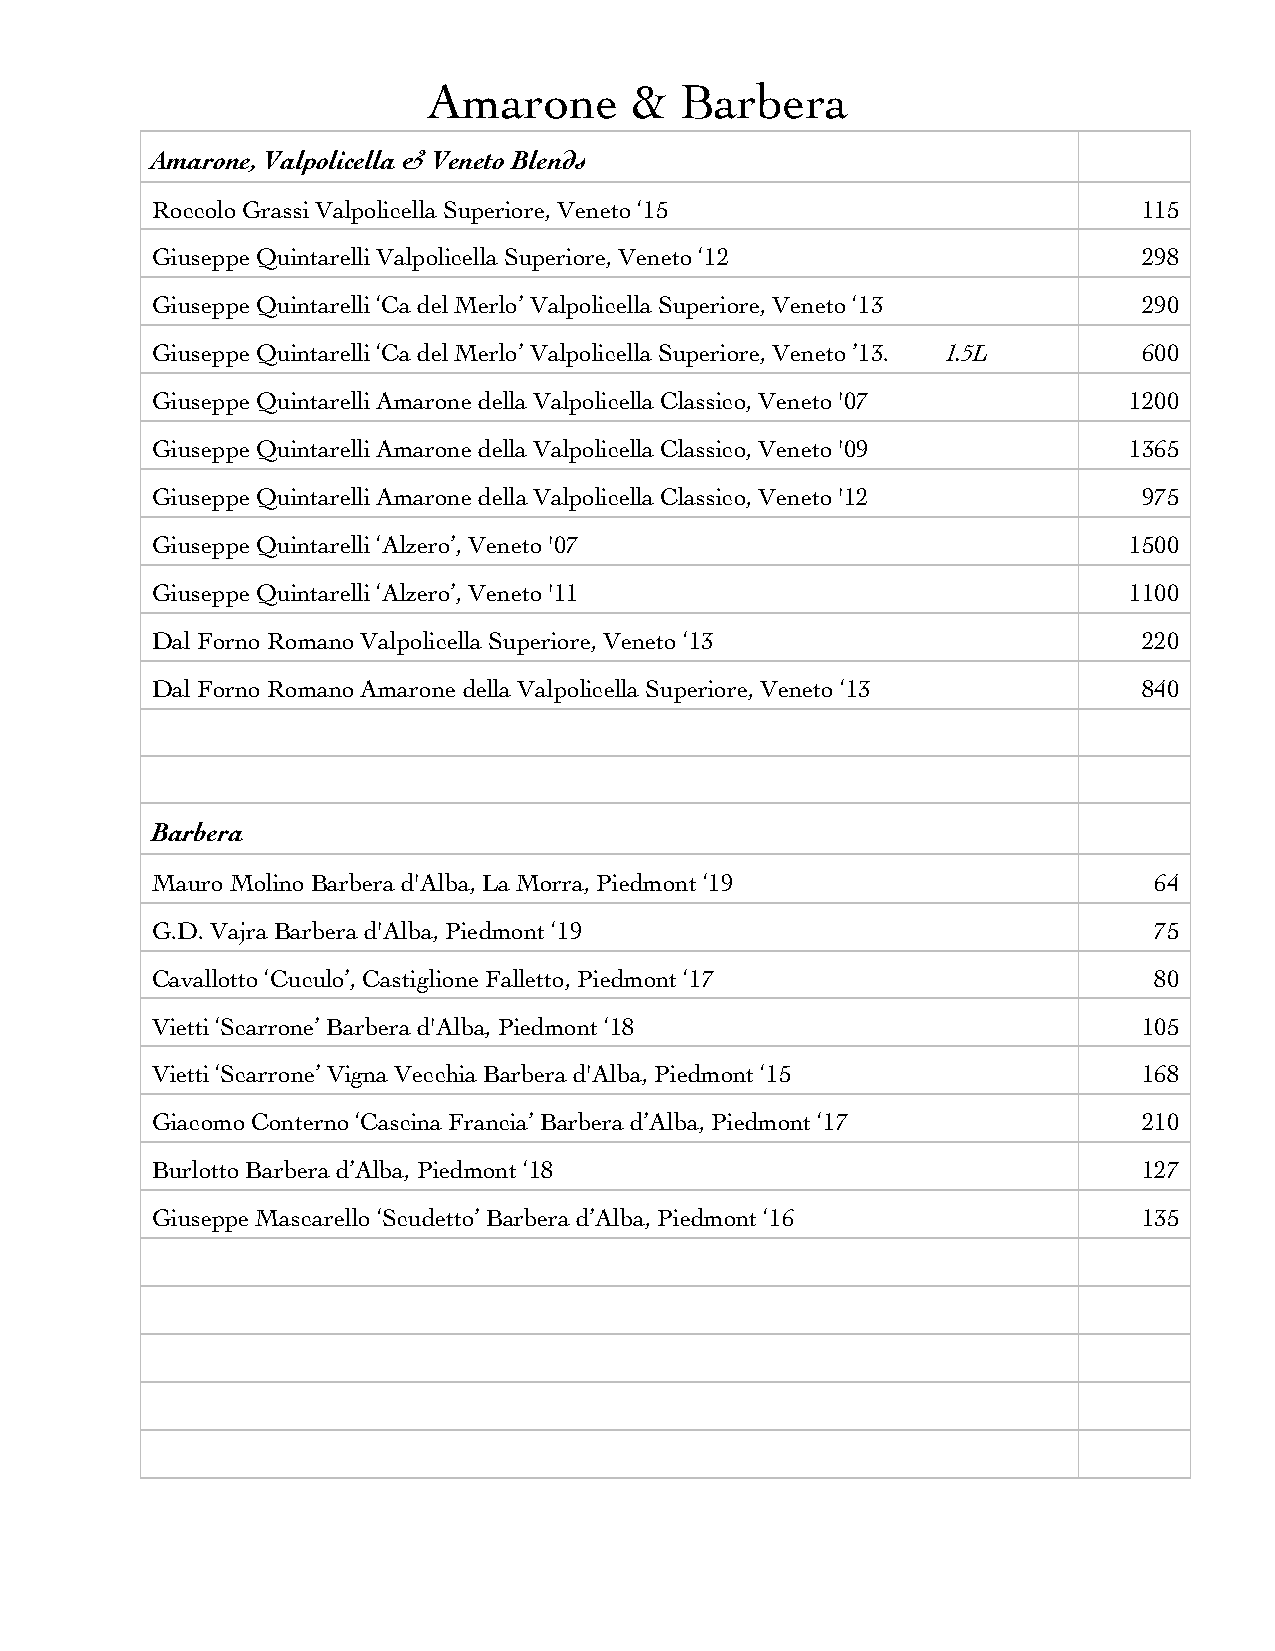
Amarone       &  Barbera
 Amarone, Valpolicella & Veneto Blends
 Roccolo Grassi Valpolicella Superiore, Veneto ‘15                 115
 Giuseppe Quintarelli Valpolicella Superiore, Veneto ‘12           298
 Giuseppe Quintarelli ‘Ca del Merlo’ Valpolicella Superiore, Veneto ‘13 290
 Giuseppe Quintarelli ‘Ca del Merlo’ Valpolicella Superiore, Veneto ’13. 1.5L 600
 Giuseppe Quintarelli Amarone della Valpolicella Classico, Veneto '07 1200
 Giuseppe Quintarelli Amarone della Valpolicella Classico, Veneto '09 1365
 Giuseppe Quintarelli Amarone della Valpolicella Classico, Veneto '12 975
 Giuseppe Quintarelli ‘Alzero’, Veneto '07                        1500
 Giuseppe Quintarelli ‘Alzero’, Veneto '11                        1100
 Dal Forno Romano Valpolicella Superiore, Veneto ‘13               220
 Dal Forno Romano Amarone della Valpolicella Superiore, Veneto ‘13 840
 Barbera
 Mauro Molino Barbera d'Alba, La Morra, Piedmont ‘19               64
 G.D. Vajra Barbera d'Alba, Piedmont ‘19                           75
 Cavallotto ‘Cuculo’, Castiglione Falletto, Piedmont ‘17           80
 Vietti ‘Scarrone’ Barbera d'Alba, Piedmont ‘18                    105
 Vietti ‘Scarrone’ Vigna Vecchia Barbera d'Alba, Piedmont ‘15      168
 Giacomo Conterno ‘Cascina Francia’ Barbera d’Alba, Piedmont ‘17   210
 Burlotto Barbera d’Alba, Piedmont ‘18                             127
 Giuseppe Mascarello ‘Scudetto’ Barbera d’Alba, Piedmont ‘16       135